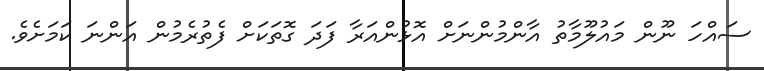
ސައްހަ ނޫން މައުލޫމާތު އާންމުންނަށް އޮޅުންއަރާ ފަދަ ގޮތަކަށް ފެތުރެމުން އަންނަ ކަމަށެވެ.